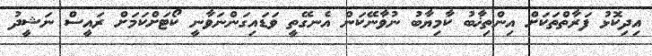
އިދިކޮޅު ފަރާތްތަކަށް އިންތިޚާބު ކާމިޔާބު ނުވާނޭކަން އެނގޭތީ ވަޑައިގަންނަވާނީ ކޯޓަށްކަމަށް ރައީސް ނަޝީދު